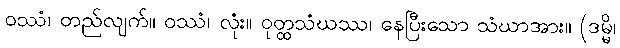
ဝဿံ၊ တည်လျက်။ ဝဿံ၊ လုံး။ ဝုတ္ထသံဃဿ၊ နေပြီးသော သံဃာအား။ (ဒမ္မိ၊